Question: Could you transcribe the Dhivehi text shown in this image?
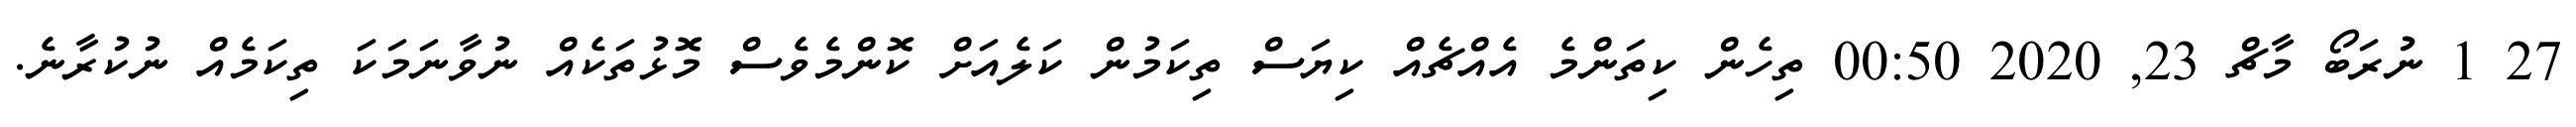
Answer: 27 1 ނުރަބޯ މާޗް 23, 2020 00:50 ތިހެން ކިތަންމެ އެއްޗެއް ކިޔަސް ތިކަމުން ކަލެއަށް ކޮންމެވެސް މޮޅުތަކެއް ނުވާނަމަކަ ތިކަމެއް ނުކުރާނެ.